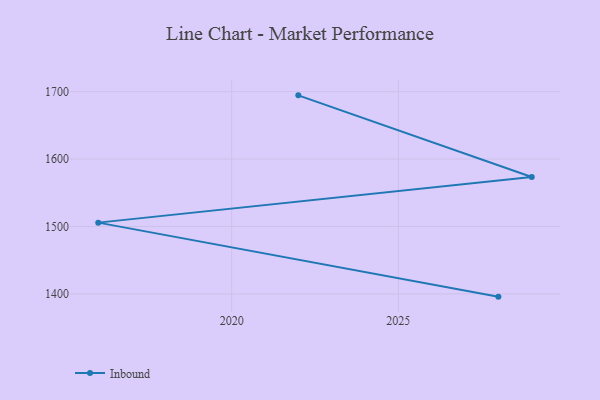
{"axis": {"x": "Year", "y": "Inventory Turnover"}, "legend": ["Inbound"], "data": [{"x": "2022", "y": 1694.5, "type": "Inbound"}, {"x": "2029", "y": 1573.4, "type": "Inbound"}, {"x": "2016", "y": 1505.7, "type": "Inbound"}, {"x": "2028", "y": 1395.9, "type": "Inbound"}]}